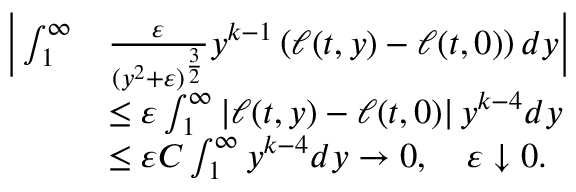
\begin{array} { r l } { \bigg | \int _ { 1 } ^ { \infty } } & { \frac { \varepsilon } { ( y ^ { 2 } + \varepsilon ) ^ { \frac { 3 } { 2 } } } y ^ { k - 1 } \left( \ell ( t , y ) - \ell ( t , 0 ) \right) d y \bigg | } \\ & { \le \varepsilon \int _ { 1 } ^ { \infty } \left| \ell ( t , y ) - \ell ( t , 0 ) \right| y ^ { k - 4 } d y } \\ & { \le \varepsilon C \int _ { 1 } ^ { \infty } y ^ { k - 4 } d y \to 0 , \quad \varepsilon \downarrow 0 . } \end{array}